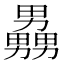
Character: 𪟧